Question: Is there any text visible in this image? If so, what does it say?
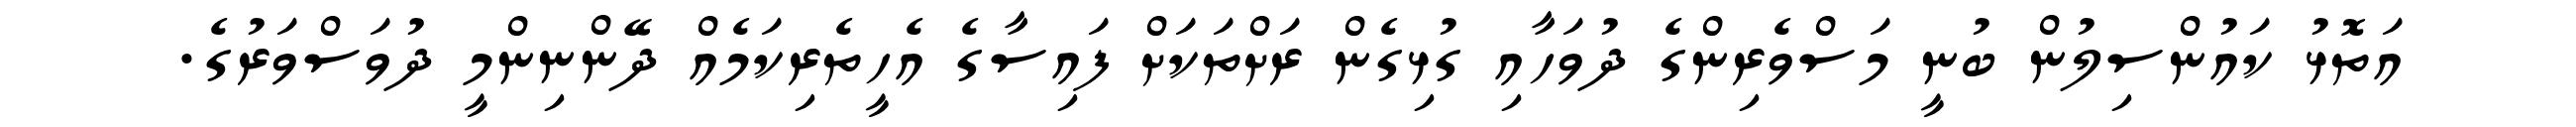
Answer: އަތޮޅު ކައުންސިލުން ބުނީ މަސްވެރިންގެ ދުވަހާއި ގުޅިގެން ރަށްތަކަށް ފައިސާގެ އެހީތެރިކަމެއް ދޭންނިންމީ ދުވަސްވަރުގެ.